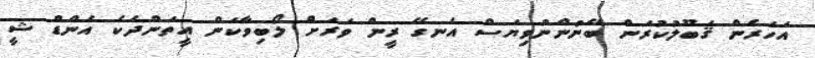
އަހަރެން ޤަބޫލުކުރަން ބޭނުންނުވިޔަސް އެނގޭ ރީން ވަރަށް ލޯބިވާކަން އީތަންދެކެ އެންޑް ޝީ